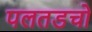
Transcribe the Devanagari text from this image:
पलतडचो